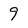
Character: 9